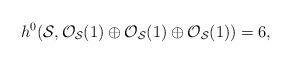
LaTeX: \begin{align*}h^0 ({\cal S}, {\cal O}_{{\cal S}}(1) \oplus {\cal O}_{{\cal S}}(1)\oplus {\cal O}_{{\cal S}}(1)) =6,\end{align*}